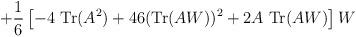
LaTeX: \begin{align*}+ \frac 1 6 \left[ - 4\ {\rm Tr}(A^2) + 46 ( {\rm Tr}(AW))^2 + 2A\ {\rm Tr}(AW)\right] W\end{align*}